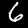
Digit: 6